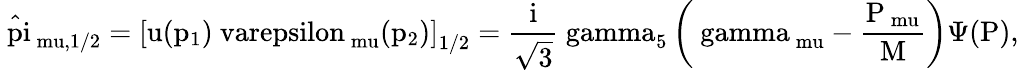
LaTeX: \mathrm{\hat{\ pi}_{\ mu,1/2}=\left[u(p_{1})\ varepsilon_{\ mu}(p_{2})\right]_{1/2}=\frac{i}{\sqrt{3}}\ gamma_{5}\left(\ gamma_{\ mu}-\frac{P_{\ mu}}{M}\right)\Psi(P)},